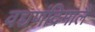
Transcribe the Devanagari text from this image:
वच्चणंदिमालै